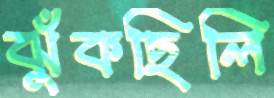
ঝুঁকছিলি